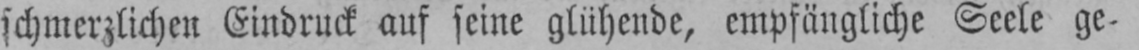
schmerzlichen Eindruck auf seine glühende, empfängliche Seele ge-